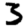
Digit: 3